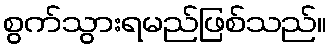
စွက်သွားရမည်ဖြစ်သည်။